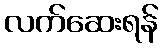
လက်ဆေးရန်